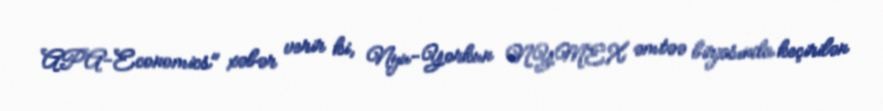
APA-Economics" xəbər verir ki, Nyu-Yorkun NYMEX əmtəə birjasında keçirilən